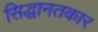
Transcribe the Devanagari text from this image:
सिद्धानतकार